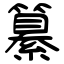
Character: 纂